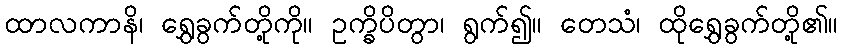
ထာလကာနိ၊ ရွှေခွက်တို့ကို။ ဥက္ခိပိတွာ၊ ရွက်၍။ တေသံ၊ ထိုရွှေခွက်တို့၏။